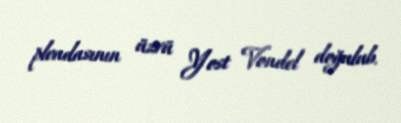
pleadasının üzvü Yost Vondel doğulub.